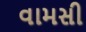
વામસી